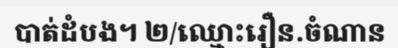
បាត់ដំបង។ ២/ឈ្មោះរឿន.ចំណាន